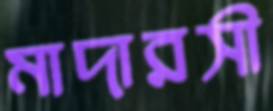
মাদারসী